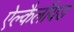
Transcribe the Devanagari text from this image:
ऐल्कैलॉयड